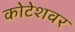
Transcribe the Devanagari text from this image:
कोटेशवर